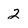
Character: 2